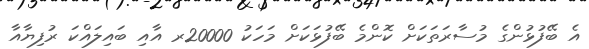
އެ ބޭފުޅުންގެ މުސާރަތަކަށް ކޮންމެ ބޭފުޅަކަށް މަހަކު 20000ރ އާއި ބައިލައްކަ ރުފިޔާއާ